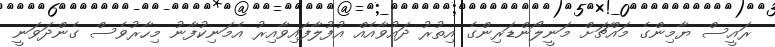
ރައީސް ޔާމިންގެ މައްޗަށް މަނީލޯންޑަރިންގެ އިތުރު ދައުވާއެއް އުފުލާފައިވާއިރު އެމަނިކުފާނު މިހާރުވެސް ގެންދަވަނީ